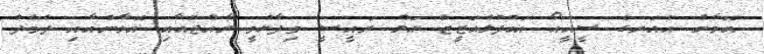
އޮމާން އެއަރގެ ސީއީއޯ އަބްދުލްއަޒީޒް އަލް ރައީސީ ވިދާޅުވީ ރާއްޖެއާއި އޮމާންއާއި ދެމެދު